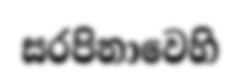
සරපිනාවෙහි